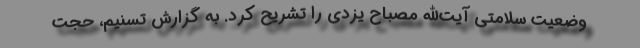
وضعیت سلامتی آیت‌الله مصباح یزدی را تشریح کرد. به گزارش تسنیم، حجت